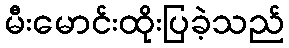
မီးမောင်းထိုးပြခဲ့သည်